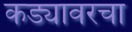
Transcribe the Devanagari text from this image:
कड्यावरचा